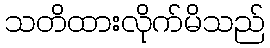
သတိထားလိုက်မိသည်